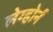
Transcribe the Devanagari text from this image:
लेग्होर्न